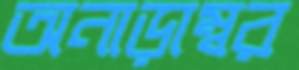
অনাড়াম্বর